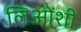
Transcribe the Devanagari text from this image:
लिओंशी